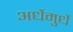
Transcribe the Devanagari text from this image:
अर्धेमुर्धे